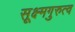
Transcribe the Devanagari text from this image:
सूक्ष्मगुरुत्व